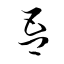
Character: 吾